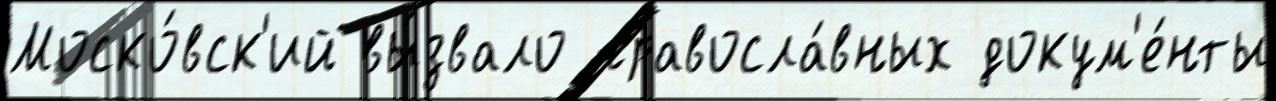
Моско́вск'ий вы́звало правосла́вных докум'е́нты